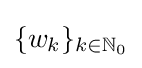
\{w_{k}\}_{k\in {\mathbb {N} }_{0}}